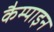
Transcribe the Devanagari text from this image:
कैम्पाइन